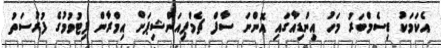
އެކަމަކު ޑިސެމްބަރު މަހު އިންޑިއާގައި އޮންނަ ސާފް ޗެމްޕިއަންޝިޕަށް އިމްރާން ފިޓުވުމުގެ ފުރުސަތު